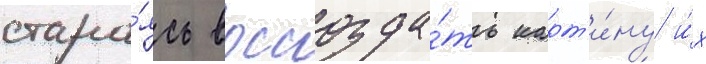
стара́ясь воссозда́ть карт'и́ну и́х